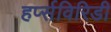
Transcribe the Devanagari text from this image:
हर्प्सविरिडी